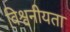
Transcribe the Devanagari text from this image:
विश्वनीयता